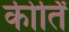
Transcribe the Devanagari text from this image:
कीर्तिं